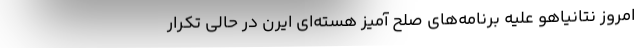
امروز نتانیاهو علیه برنامه‌های صلح آمیز هسته‌ای ایرن در حالی تکرار